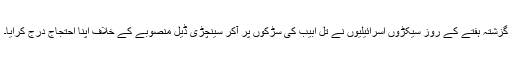
گزشتہ ہفتے کے روز سیکڑوں اسرائیلیوں نے تل ابیب کی سڑکوں پر آکر سینچڑی ڈیل منصوبے کے خلاف اپنا احتجاج درج کرایا۔